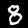
Digit: 8